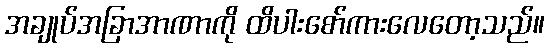
အချုပ်အခြာအာဏာကို ထိပါးစော်ကားလေတော့သည်။